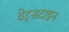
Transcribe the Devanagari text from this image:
वेट्सटाइन